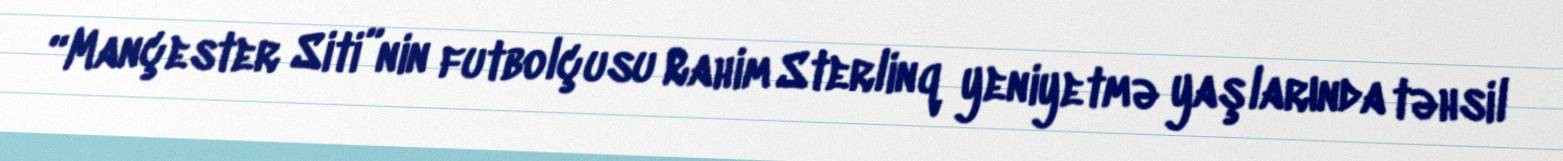
“Mançester Siti”nin futbolçusu Rahim Sterlinq yeniyetmə yaşlarında təhsil